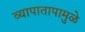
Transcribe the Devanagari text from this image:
व्यापातापामुळे